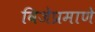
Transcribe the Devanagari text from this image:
विजेप्रमाणे